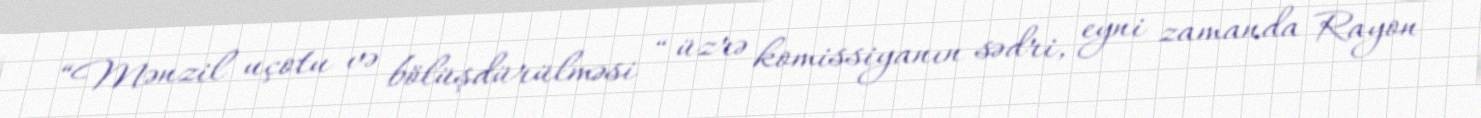
“Mənzil uçotu və bölüşdürülməsi “ üzrə komissiyanın sədri, eyni zamanda Rayon